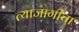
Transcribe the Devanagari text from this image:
त्याजागीचा